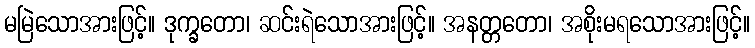
မမြဲသောအားဖြင့်။ ဒုက္ခတော၊ ဆင်းရဲသောအားဖြင့်။ အနတ္တတော၊ အစိုးမရသောအားဖြင့်။